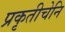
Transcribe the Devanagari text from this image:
प्रकृतीचेनि